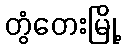
တွံတေးမြို့